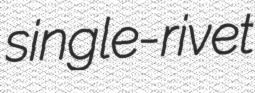
single-rivet